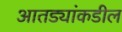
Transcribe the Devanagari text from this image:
आतड्यांकडील